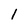
Character: 1